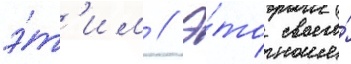
э́т'им // Э́то своего́